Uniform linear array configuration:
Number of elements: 16
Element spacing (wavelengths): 0.5
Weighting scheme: cosine
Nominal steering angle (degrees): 60
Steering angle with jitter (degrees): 60.231
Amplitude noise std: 0.05
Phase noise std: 0.05

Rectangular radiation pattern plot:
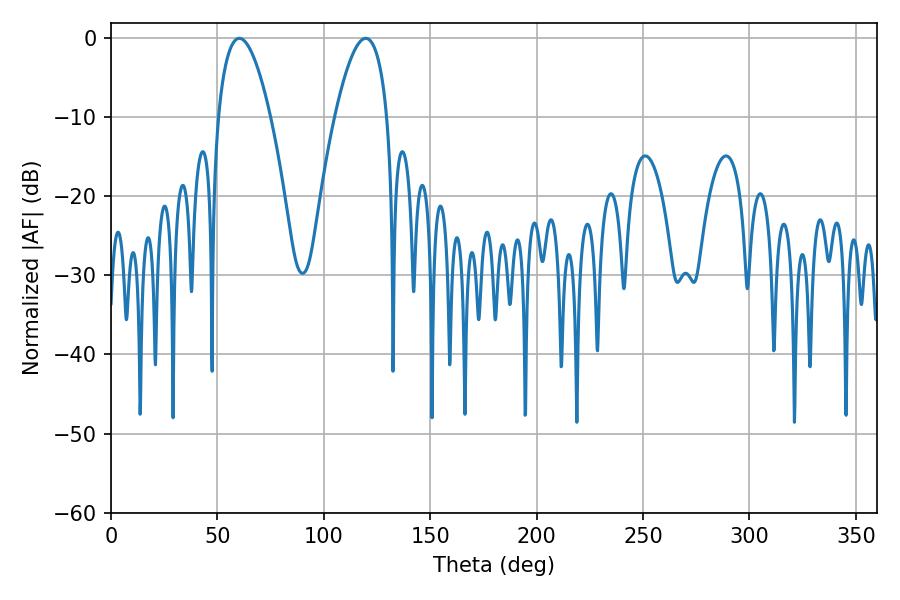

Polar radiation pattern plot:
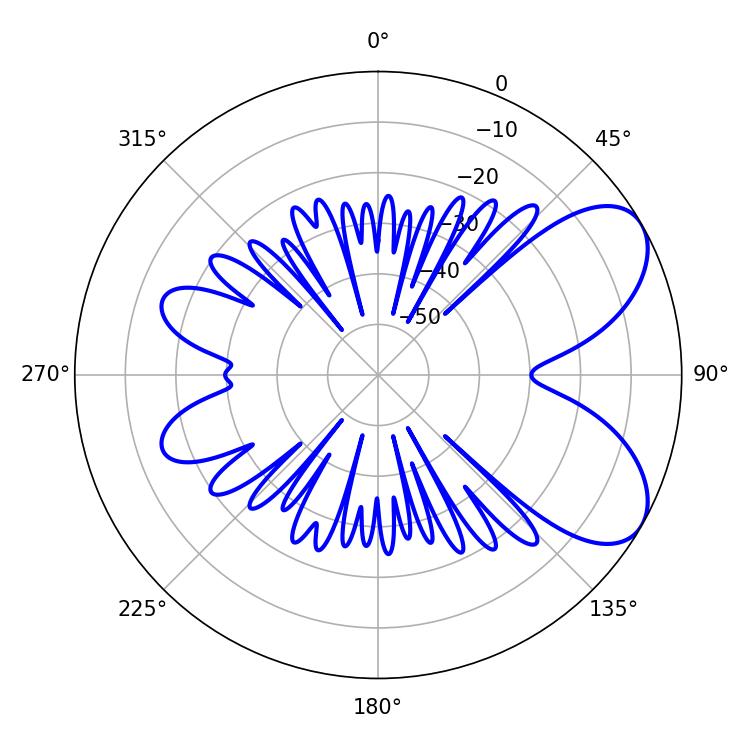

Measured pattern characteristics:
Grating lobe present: FALSE
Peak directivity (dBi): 6.644
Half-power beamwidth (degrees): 13.68
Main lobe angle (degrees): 60.3